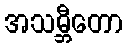
အသမ္ဘီတော